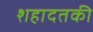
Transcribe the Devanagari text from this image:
शहादतकी